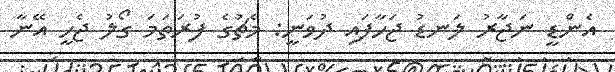
އެންޑީ ނަޖާރު ލަނޑު ޖަހާފައި ދުވަނީ: މެޗުގެ ފުރަތަމަ ގޯލު ޖެހީ އޭނާ